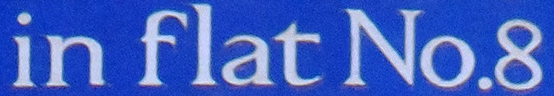
in flat No.8